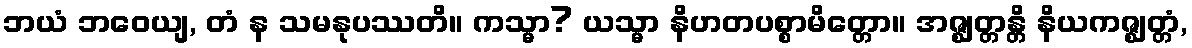
ဘယံ ဘဝေယျ, တံ န သမနုပဿတိ။ ကသ္မာ? ယသ္မာ နိဟတပစ္စာမိတ္တော။ အဇ္ဈတ္တန္တိ နိယကဇ္ဈတ္တံ,